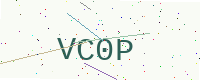
Text: VC0P